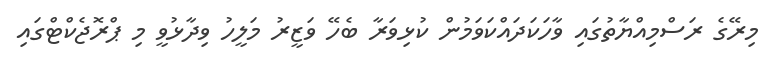
މިރޭގެ ރަސްމިއްޔާތުގައި ވާހަކަދައްކަވަމުން ކުޅިވަރާ ބެހޭ ވަޒީރު މަލީހު ވިދާޅުވީ މި ޕްރޮޖެކްޓްގައި